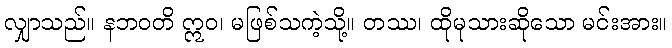
လျှာသည်။ နဘဝတိ ဣဝ၊ မဖြစ်သကဲ့သို့။ တဿ၊ ထိုမုသားဆိုသော မင်းအား။